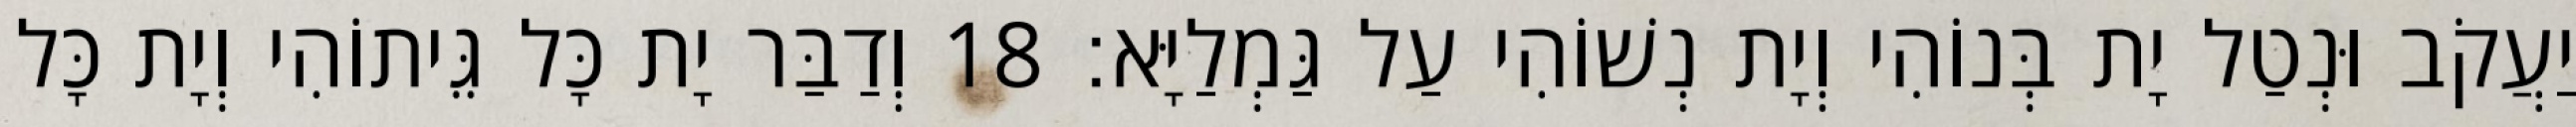
יַעֲקֹב וּנְטַל יָת בְּנוֹהִי וְיָת נְשׁוֹהִי עַל גַּמְלַיָּא׃ 18 וְדַבַּר יָת כָּל גֵּיתוֹהִי וְיָת כָּל